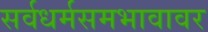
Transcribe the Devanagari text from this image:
सर्वधर्मसमभावावर